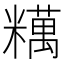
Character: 䊪